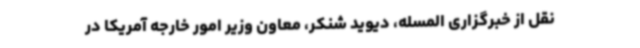
نقل از خبرگزاری المسله، دیوید شنکر، معاون وزیر امور خارجه آمریکا در